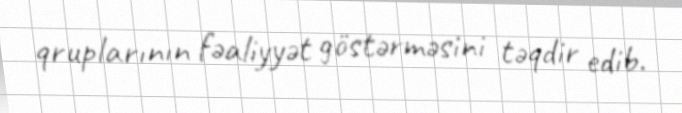
qruplarının fəaliyyət göstərməsini təqdir edib.